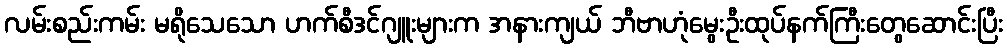
လမ်းစည်းကမ်း မရိုသေသော ဟက်စီဒင်ဂျူးများက အနားကျယ် ဘီဗာဟုံမွေးဦးထုပ်နက်ကြီးတွေဆောင်းပြီး